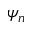
\psi _ { n }